system: You are a helpful assistant.
user:
Analyze the provided spectrum to determine if it is a **Carbon Star (C-type)**.

- **Key Visual Indicators of Carbon Star:**
    - **(Primary):** Strong molecular absorption from **C₂ (diatomic carbon) "Swan Bands."** This is the **defining feature** of a carbon star.
        - **(Key Bandheads):** Sharp absorption edges are visible at approximately $5635$ Å, $5165$ Å (the strongest band), and $4737$ Å.
        - **(Line Profile):** Creates a distinct **"saw-tooth"** pattern. The key morphology is a sharp, steep bandhead on the **red (long-wavelength) side**, which then gradually tapers off (i.e., flux recovers) towards the **blue (short-wavelength) side**. *(This is the direct opposite of the TiO bands seen in M-type stars)*.

    - **(Secondary):** Intense **CN (cyanogen)** molecular absorption bands.
        - **(Key Bandheads):** Located in the blue and violet regions of the spectrum (e.g., near $4215$ Å and $3883$ Å).
        - **(Morphology):** These bands are extremely broad and act as a "blanket," absorbing the vast majority of blue and violet light. This creates a characteristic **"cliff"** or **"steep drop-off"** in the spectrum's flux at short wavelengths.

    - **(Key Confirmation):** Strong **CH absorption band (G-band)**.
        - **(Key Bandhead):** Located around $4300$ Å. The contribution from CH molecules to this band is exceptionally strong.

    - **(Overall Spectrum):**
        - The continuum is severely "chopped up" by these deep molecular bands, especially C₂, rather than appearing as a smooth curve.
        - Due to the heavy CN and C₂ absorption in the blue-green, the vast majority of the star's flux is concentrated in the red part of the spectrum, giving the star its characteristic deep red color.

Think first, call **spectral_visualization_tool** if needed to examine features in detail, then provide your final answer. Your response must adhere to the following strict rules:
1.  **Overall Structure:** Your response must follow the format `<think>...</think> <tool_call>...</tool_call> (if a tool is used) <answer>...</answer>`.
2.  **Tool Usage Constraint:** You may only make **one** tool call per turn.
3.  **Final Answer Format:** In the `<answer>` tag, your conclusion must be inside a `\boxed{}` command (e.g., `\boxed{YES}`), followed by your justification.

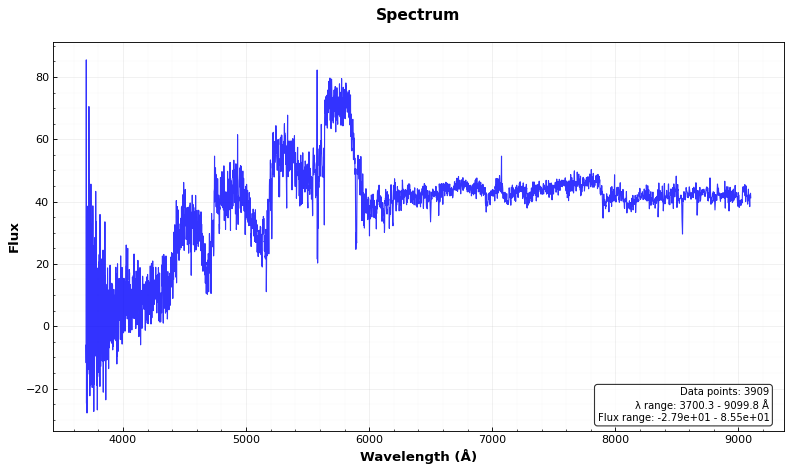
Answer: YES